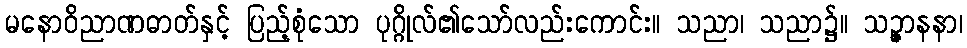
မနောဝိညာဏဓာတ်နှင့် ပြည့်စုံသော ပုဂ္ဂိုလ်၏သော်လည်းကောင်း။ သညာ၊ သညာ၌။ သဉ္ဇာနနာ၊